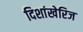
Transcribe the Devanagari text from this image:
दिशांखेरिज